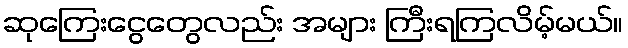
ဆုကြေးငွေတွေလည်း အများ ကြီးရကြလိမ့်မယ်။